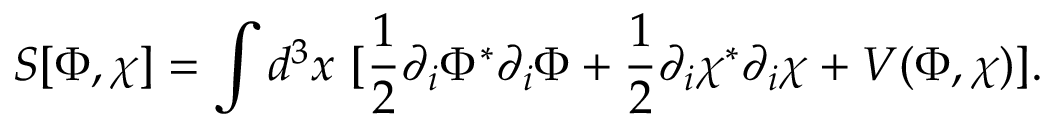
S [ \Phi , \chi ] = \int d ^ { 3 } x \ [ \frac { 1 } { 2 } \partial _ { i } \Phi ^ { * } \partial _ { i } \Phi + \frac { 1 } { 2 } \partial _ { i } \chi ^ { * } \partial _ { i } \chi + V ( \Phi , \chi ) ] .